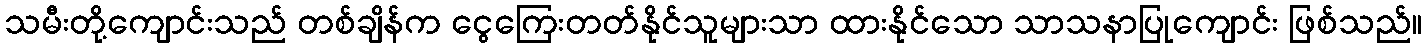
သမီးတို့ကျောင်းသည် တစ်ချိန်က ငွေကြေးတတ်နိုင်သူများသာ ထားနိုင်သော သာသနာပြုကျောင်း ဖြစ်သည်။